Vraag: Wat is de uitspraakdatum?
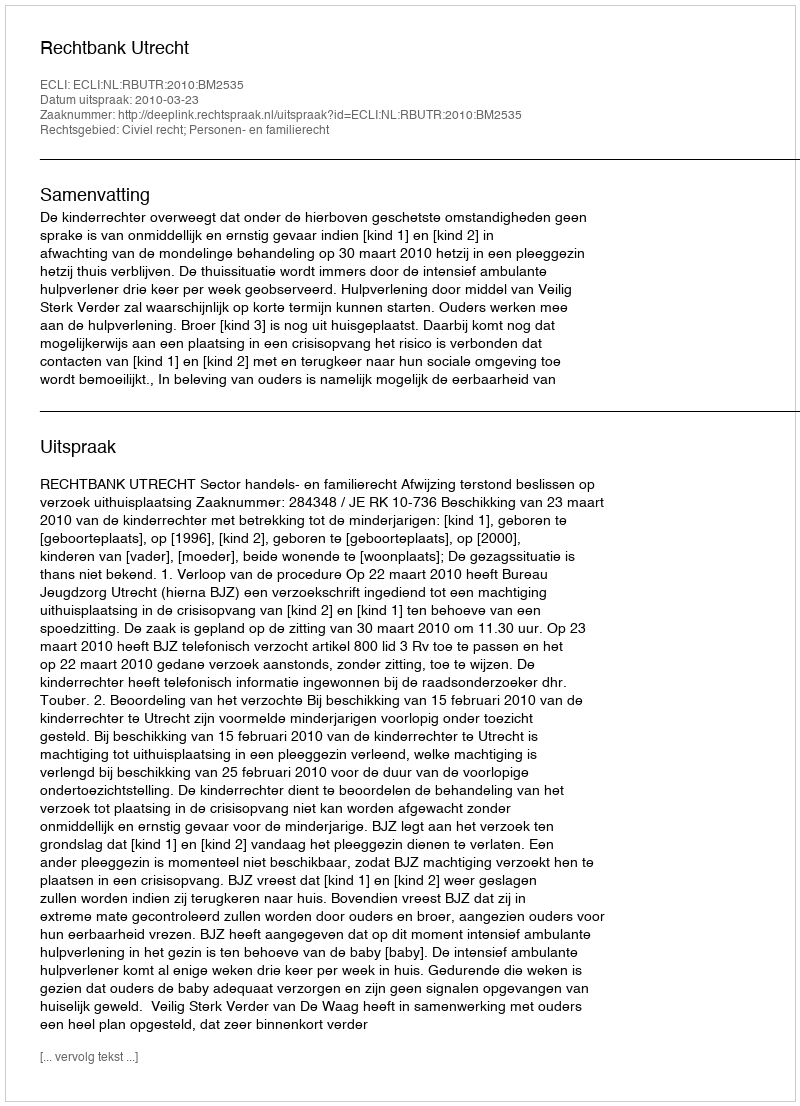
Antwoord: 2010-03-23